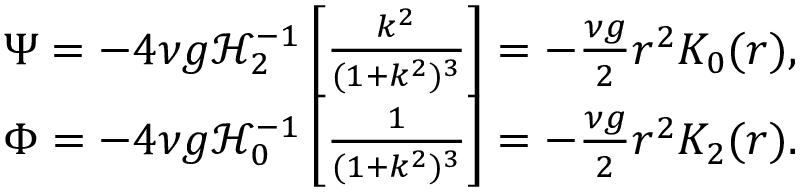
\begin{array} { r l } & { \Psi = - 4 \nu g \mathcal { H } _ { 2 } ^ { - 1 } \left[ \frac { k ^ { 2 } } { ( 1 + k ^ { 2 } ) ^ { 3 } } \right] = - \frac { \nu g } { 2 } r ^ { 2 } K _ { 0 } ( r ) , } \\ & { \Phi = - 4 \nu g \mathcal { H } _ { 0 } ^ { - 1 } \left[ \frac { 1 } { ( 1 + k ^ { 2 } ) ^ { 3 } } \right] = - \frac { \nu g } { 2 } r ^ { 2 } K _ { 2 } ( r ) . } \end{array}